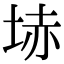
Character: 𡋽